Calcutta medical institutions reports 1879-81 [i.e.91]
Year: 1879
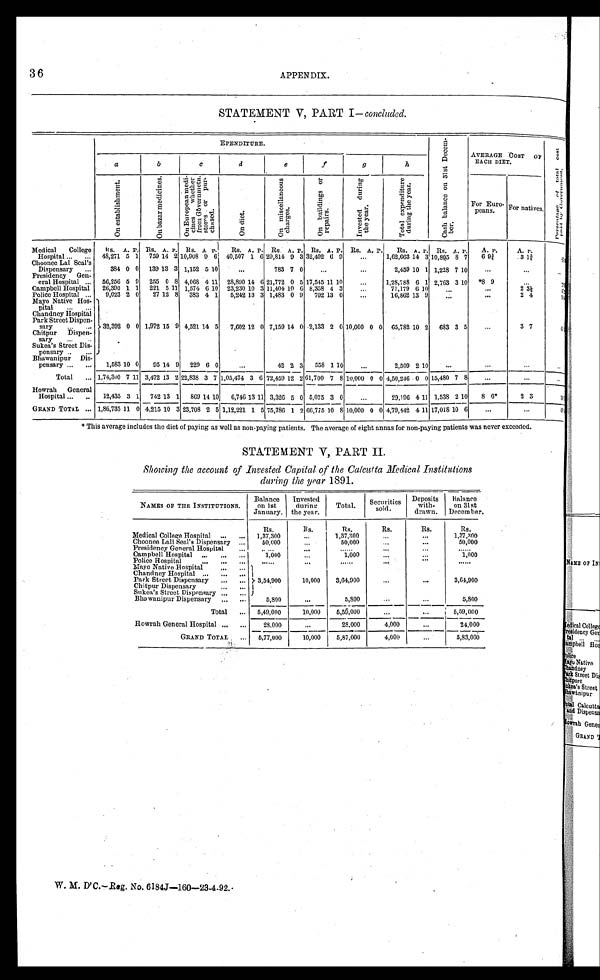
36
APPENDIX.
STATEMENT V, PART I -concluded.
EPENDITURE.
C a s h b a l a n c e o n 3 1 s t D e c e m - b e r .
AVERAGE COS
T OF EACH DIET.
P e r c e n t a g e o f t o t a l c o s t p a i d b y G o v e r n m e n t .
a
b
c
d
e
f
g
h
O n e s t a b l i s h m e n t .
O n b a z a r m e d i c i n e s .
O n E u r o p e a n s m e d i - c i n e s w h e t h e r f r o m G o v e r n m e n t . s t o r e s o r p u r - c h a s e d .
On di et .
O n m i s c e l l a n e o u s c h a r g e s .
O n b u i l d i n g s o r r e p a i r s .
I n v e s t e d d u r i n g t h e y e a r .
T o t a l e x p e n d i t u r e d u r i n g t h e y e a r .
For Euro-
peans.
For natives.
R s . A. P. Rs. A. P. Rs. A
P .
R s . A. P . Rs. A. P. Rs. A. P . Rs. A. P .
R s . A. P. Rs. A. P . A. P.
A. P .
Medical Colleg
e H o s p i t a l . . . 48,271 5 1 759 14 2 10,908 9 6 40,507 1 6 29,814 9 3 32,402 6 9
. . .
1,62,663 14 3 10,805 8 7
6 9 ¾
3 1 ¾
< i l l e g i b l e >
Choonee Lal Seal's
Dispensary
. . .
384 0 0 139 13 3 1,152 5 1 0
. . . 783 7 0
. . .
. . .
2,459 10 1 1,228 7 10
. . .
. . .
< i l l e g i b l e >
Presidency Gen-
eral Hospital . . . 56,256 5 9 255 0 8 4,068 4 11 28,890 14 6 21,772 0 5 17,545 11 10
. . .
1,28,788 6 1 2,763 3 10 *8 9
. . .
< i l l e g i b l e >
Campbell Hospital
26,390 1 1 221 5 11 1,574 6 10 23,230 10 3 11,404 10 6 8,358 4 3
. . .
71,179 6 10
. . .
. . .
2 3 ½
< i l l e g i b l e >
Police Hospital
. . . 9,023 2 0
27 12 8 383 4 1
5,242 13 3 1,483 0 9 702 13 0
. . .
16,862 13 9
. . .
. . .
2 4
< i l l e g i b l e >
Mayo Native Hos-
pital
. . .
32,392 0 0 1,972 15 9 4,521 14 5
7,602 12 0 7,159 14 0 2,133 2 0 10,000 0 0 65,782 10 2 683 3 5
. . .
3 7
< i l l e g i b l e >
Chandney Hospital
Park Street Dispen-
sary
. . .
Chitpur Dispen-
sary
. . .
Sukea's Street Dis-
pensary
. . .
Bhawanipur Dis-
pensary
. . . 1,583 1 0 0
95 14 9 229 6 0
. . . 42 2 3
558 1 10
. . .
2,509 2 10
. . .
. . .
. . .
. . .
Total
. . . 1,74,300 7 1 1 3,472 13 2 22,838 3 7 1,05,474 3 6 72,459 12 2 61,700 7 8 10,000 0 0 4,50,246 0 0 15,480 7 8
. . .
. . .
. . .
Howrah General
Hospital . . . 12,435 3 1 742 13 1 869 14 10
6,746 13 11 3,326 5 0 5,075 3 0
. . .
29,196 4 11 1,538
2 1 0
8 6*
2 3
< i l l e g i b l e >
GRAND TOTAL
. . . 1,86,735 11 0 4,215 10 3 23,708 2 5 1,12,221 1 5 75,786 1 2 66,775 10 8 10,000 0 0 4,79,442 4 11 17,018 10 6
. . .
. . .
< i l l e g i b l e >
* This average includes the diet of paying as well as non-paying patients. The average of eight annas for non-paying patients was never exceeded.
STATEMENT V, PART II.
Showing the account of Invested Capital of the Calcutta Medical Institutions
during the year 1891.
NAMES OF THE INSTITUTIONS.
Balance
on 1st
January.
Invested
during
the year.
Total.
Securities
sold.
Deposits
with-
drawn.
Balance
on 31st
December.
Medical College Hospital . . .
Rs.
R s .
Rs.
Rs.
Rs.
Rs.
1,37,300
. . . 1,37,300
. . .
. . . 1,37,300
Choonee Lall Seal's Dispensary . . .
50,000
. . .
50,000
. . .
. . . 50,000
Presidency General Hospital . . .
. . .
. . .
. . .
. . .
. . . . . .
Campbell Hospital . . .
1 , 0 0 0
. . .
1,000
. . .
. . .
1,000
Police Hospital . . .
. . .
. . .
. . .
. . .
. . .
. . .
Mayo Native Hospital . . .
3,54,900
10,000
3,64,900
. . .
. . . 3,64,900
Chandney Hospital . . .
Park Street Dispensary . . .
Chitpur Dispensary
Sukea's Street Dispensary . . .
Bhawanipur Dispensary . . .
5,800
. . .
5,800
. . .
. . .
5,800
Total . . . 5,49,000
10,000
5,59,000
. . .
. . . 5,59,000
Howrah General Hospital . . .
28,000
. . .
28,000
4,000
. . .
24,000
GRAND TOTAL . . . 5,77,000
10,000
5,87,000
4,000
. . . 5,83,000
W. M. D'C.—Reg. No. 6184J—160—23-4-92.